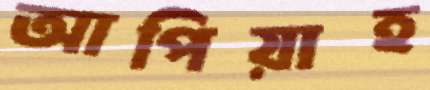
আপিয়াহ